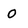
Character: 0